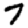
Digit: 7